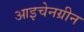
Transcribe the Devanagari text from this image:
आइचेनग्रीन